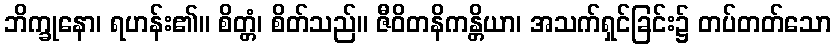
ဘိက္ခုနော၊ ရဟန်း၏။ စိတ္တံ၊ စိတ်သည်။ ဇီဝိတနိကန္တိယာ၊ အသက်ရှင်ခြင်း၌ တပ်တတ်သော